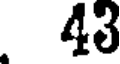
43